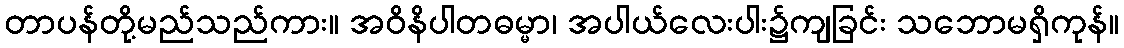
တာပန်တို့မည်သည်ကား။ အဝိနိပါတဓမ္မာ၊ အပါယ်လေးပါး၌ကျခြင်း သဘောမရှိကုန်။